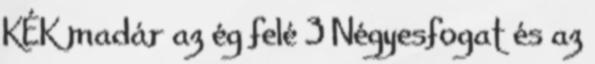
KÉK madár az ég felé 3 Négyesfogat és az